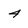
Character: 4